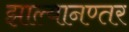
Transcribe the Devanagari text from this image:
झाल्यानण्तर